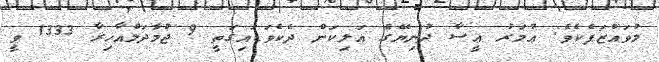
މުވައްޒަފެކެވެ. ޢުމަރު ޢީސާ ދުނިޔޭގެ އަލިކަން ދެކެވަޑައިގަތީ 9 ޖުމާދަލްއާޚިރާ 1333 ވީ